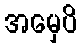
အမှေပိ